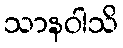
သာနဝါသိ